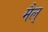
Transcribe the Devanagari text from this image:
मैल्